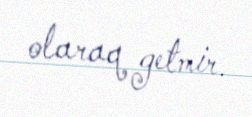
olaraq getmir.